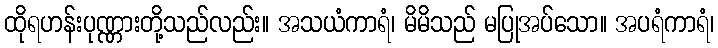
ထိုရဟန်းပုဏ္ဏားတို့သည်လည်း။ အသယံကာရံ၊ မိမိသည် မပြုအပ်သော။ အပရံကာရံ၊